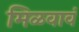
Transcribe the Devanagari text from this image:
मिळवावं